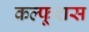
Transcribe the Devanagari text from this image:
कल्फूशस